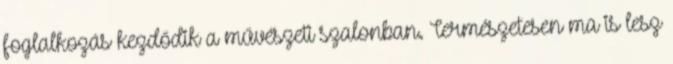
foglalkozás kezdődik a művészeti szalonban. Természetesen ma is lesz